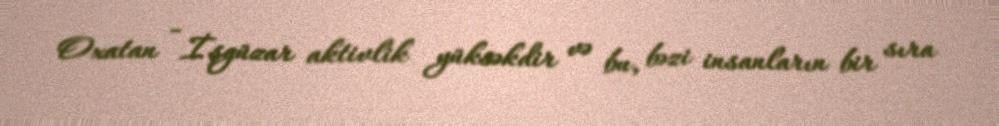
Oxatan - İşgüzar aktivlik yüksəkdir və bu, bəzi insanların bir sıra